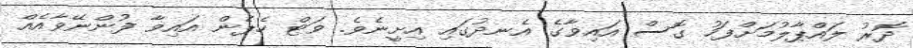
ދޮރު ލައްޕާލުމަށްފަހު ގޮސް އައިވާގެ އެނދުގައި އިށީނެވެ. ވަޓް ހެޕެން އައިވާ ފުންނޭވާއެއް